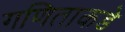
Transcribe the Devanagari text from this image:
गणिताकडे